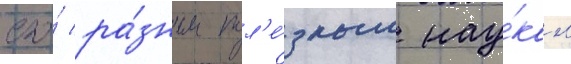
его́ ра́зным пол'е́зным нау́кам